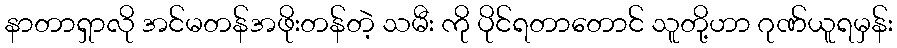
နာတာရှာလို အင်မတန်အဖိုးတန်တဲ့ သမီး ကို ပိုင်ရတာတောင် သူတို့ဟာ ဂုဏ်ယူရမှန်း